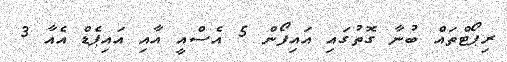
ރިޕޯޓްތައް ބުނާ ގޮތުގައި އައިފޯން 5 އެސްއީ އާއި އައިޕެޑް އެއާ 3